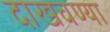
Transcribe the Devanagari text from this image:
दाखवण्या